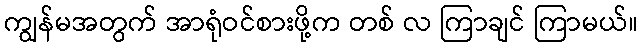
ကျွန်မအတွက် အာရုံဝင်စားဖို့က တစ် လ ကြာချင် ကြာမယ်။